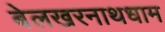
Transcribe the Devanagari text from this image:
बेलखरनाथधाम